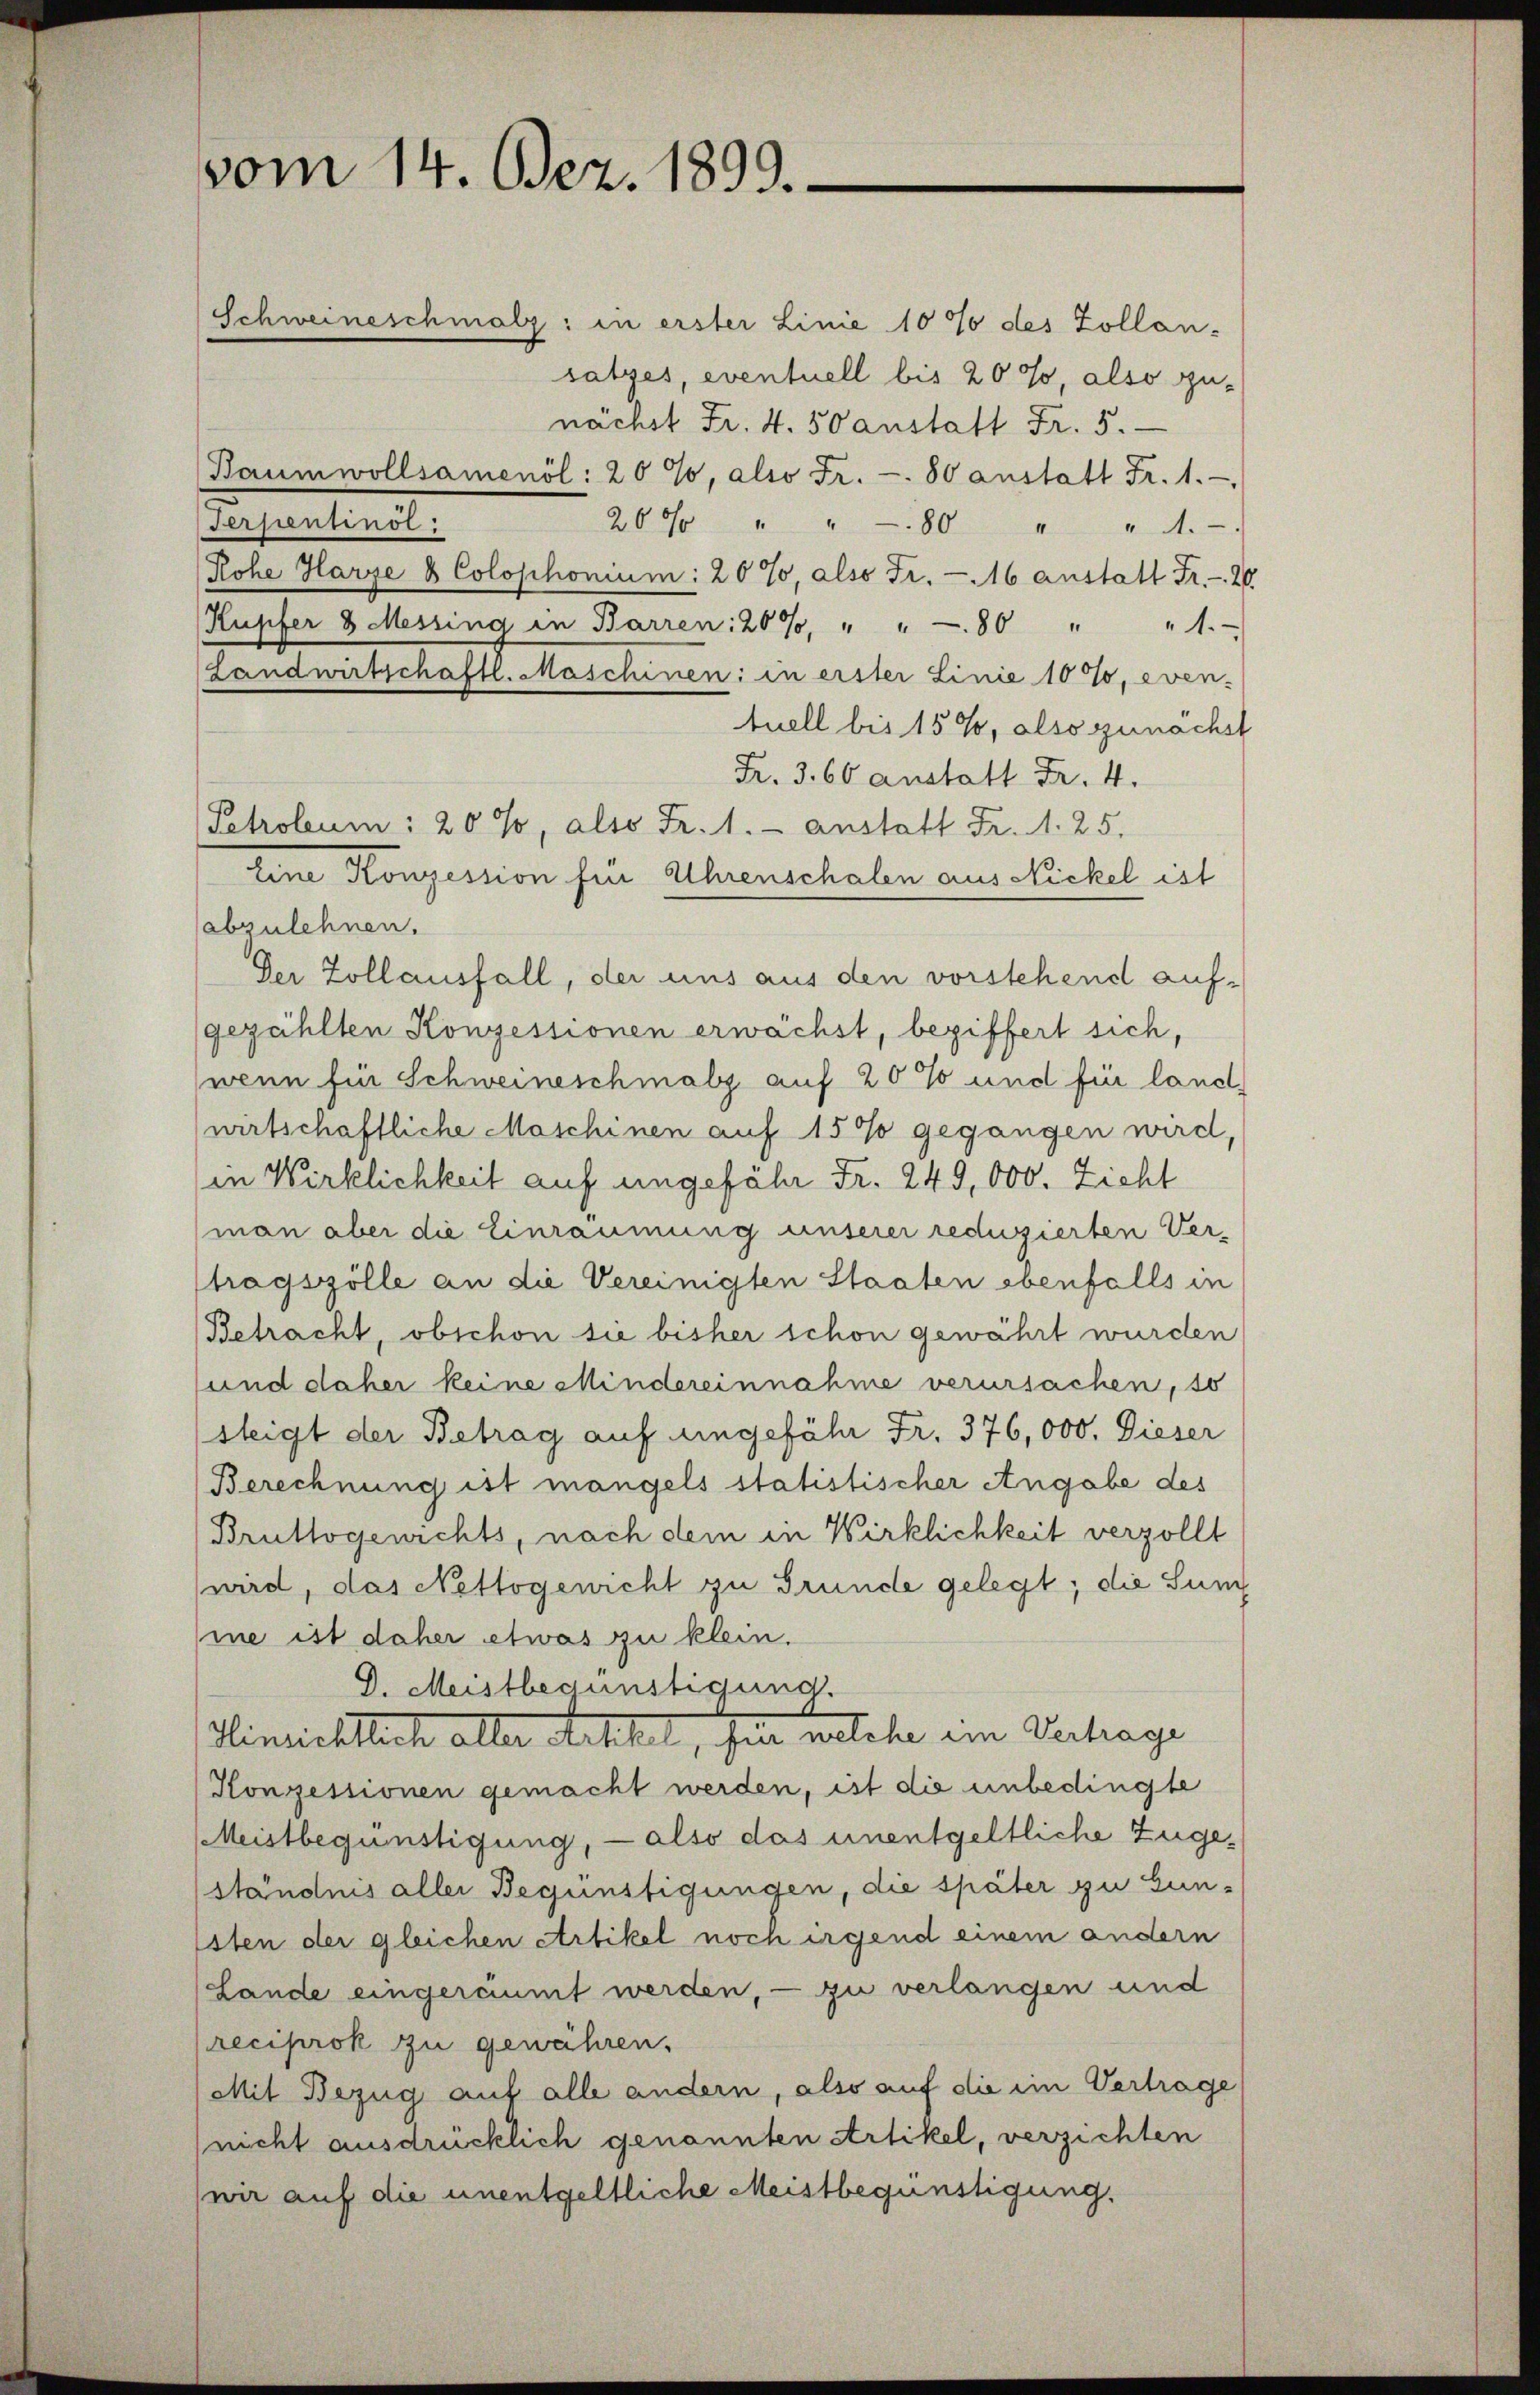
vom 14. Dez. 1899.

Schweineschmalz: in erster Linie 1070 des Zollon-
satzes, eventuell bis 2000, also zu-
nächst Fr. 4. 50 anstatt Fr. 5.
Baumwollsamenöl: 20 %, also Fr. 80 anstatt Fr. 1.
Terpentinot
20 % " " 80 " " 1.
Rohe Harze & Colophonium: 20 %, also Fr. 16 anstatt Fr. 20.
Kupfer 8 Messing in Barren: 20%, " " 80 " " 1.
Landwirtschaftl. Maschinen: in erster Linie 10%, even-
tuell bis 15 %, also zunächst
Fr. 3. 60 anstatt Fr. 4.
Petroleum: 20 %, also Fr. 1. anstatt Fr. 1. 25.
Eine Konzession für Uhrenschalen aus Nickel ist
abzulehnen.
Der Zollausfall, der uns aus den vorstehend aufgezählten Konzessionen erwächst, beziffert sich,
wenn für Schweineschmals auf 20 % und für land
wirtschaftliche Maschinen auf 1500 gegangen wird,
in Wirklichkeit auf ungefähr Fr. 249,000. Zieht
man aber die Einräumung unserer reduzierten Vertragszölle an die Vereinigten Staaten ebenfalls in
Betracht, obschon sie bisher schon gewährt wurden
sund daher keine Mindereinnahme verursachen, so
steigt der Betrag auf ungefähr Fr. 376,000. Dieser
Berechnung ist mangels statistischer Angabe des
Bruttogenichts, nach dem in Wirklichkeit verzollt
wird, das Nettogenicht zu Grunde gelegt; die Sum
me ist daher etwas zu klein.
D. Meistbegünstigung.
Hinrichtlich aller Arthel, hier welche ein Vertrage
Konzessionen gemacht werden, ist die unbedingte
Meistbegünstigung, — also das unentgeltliche Zuge-
ständnis aller Begünstigungen, die später zu Gun-
isten der gleichen Artikel noch irgend einem andern
Lande eingeräumt werden, — zu verlangen und
reciprok zu gewähren.
(Mit Bezug auf alle andern, also auf die im Vertrage
nicht ausdrücklich genannten Artikel, verzichten
(wir auf die unentgeltliche Meistbegünstigung.